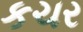
કચર